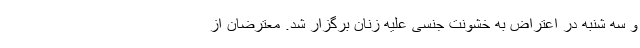
و سه شنبه در اعتراض به خشونت جنسی علیه زنان برگزار شد. معترضان از